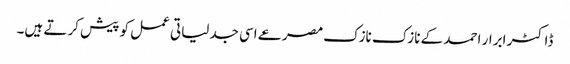
ڈاکٹر ابرار احمد کے نازک نازک مصرعے اسی جدلیاتی عمل کو پیش کرتے ہیں۔